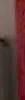
-